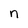
Character: n